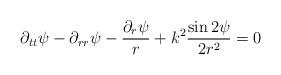
LaTeX: \begin{align*}\partial_{tt}\psi-\partial_{rr}\psi-\frac{\partial_r\psi}{r}+k^2\frac{\sin2\psi}{2r^2}=0 \end{align*}